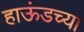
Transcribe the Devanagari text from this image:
हाऊंडच्या